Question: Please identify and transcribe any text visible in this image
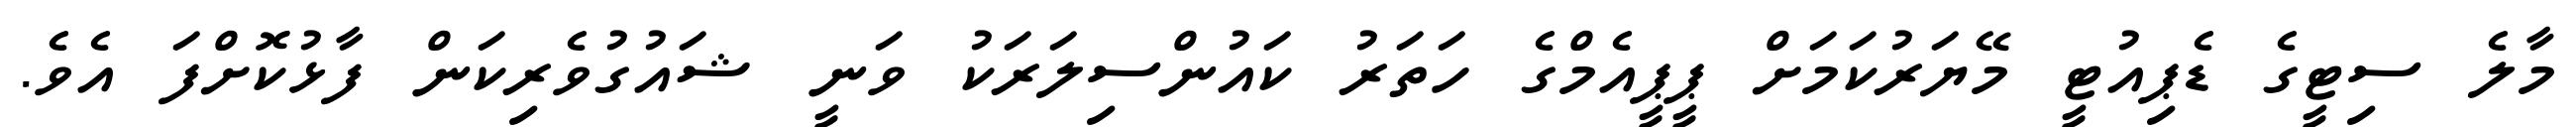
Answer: މާލެ ސިޓީގެ ޑެޕިއުޓީ މޭޔަރުކަމަށް ޕީޕީއެމްގެ ހަތަރު ކައުންސިލަރަކު ވަނީ ޝައުގުވެރިކަން ފާޅުކޮށްފަ އެވެ.